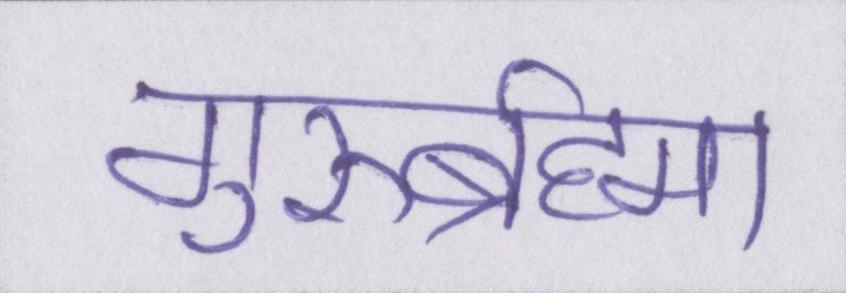
गुरुर्ब्रह्मा